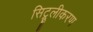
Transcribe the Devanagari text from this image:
सिट्रूलीकरण